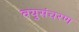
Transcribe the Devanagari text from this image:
वयुसंचरण